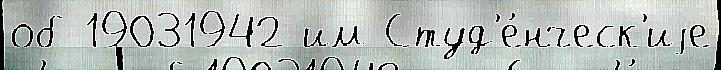
об 19031942 им Студ'е́нческ'иjе